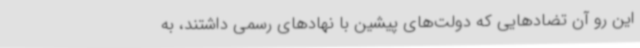
این‌ رو آن تضادهایی که دولت‌های پیشین با نهادهای رسمی داشتند، به‌